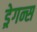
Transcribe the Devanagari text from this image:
ड्रेगन्स